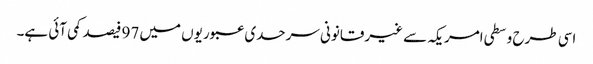
اسی طرح وسطی امریکہ سے غیرقانونی سرحدی عبوریوں میں 97 فیصد کمی آئی ہے۔